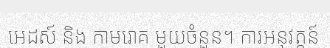
អេដស៍ និង កាមរោគ មួយចំនួន។ ការអនុវត្តន៍